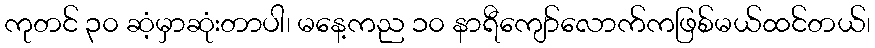
ကုတင် ၃၀ ဆံ့မှာဆုံးတာပါ၊ မနေ့ကည ၁၀ နာရီကျော်လောက်ကဖြစ်မယ်ထင်တယ်၊